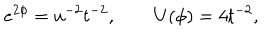
e ^ { 2 \phi } = u ^ { - 2 } t ^ { - 2 } , \qquad U ( \phi ) = 4 t ^ { - 2 } ,